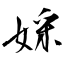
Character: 婇